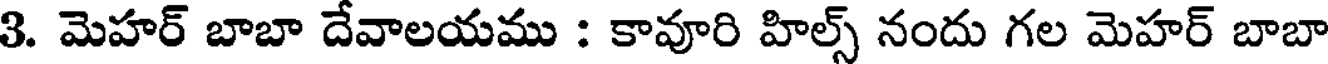
3. మెహర్ బాబా దేవాలయము : కావూరి హిల్స్ నందు గల మెహర్ బాబా